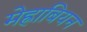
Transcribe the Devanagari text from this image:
मेह्राबियन